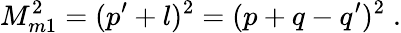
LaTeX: M_{m1}^{2}=(p^{\prime}+l)^{2}=(p+q-q^{\prime})^{2}\; .